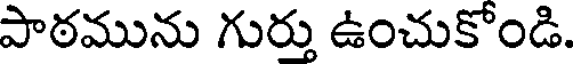
పాఠమును గుర్తు ఉంచుకోండి.